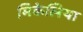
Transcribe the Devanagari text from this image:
मिकेलिया